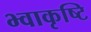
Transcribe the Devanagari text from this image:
भ्वाकृष्टि